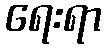
ရေးရာ